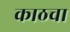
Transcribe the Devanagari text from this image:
काठचा